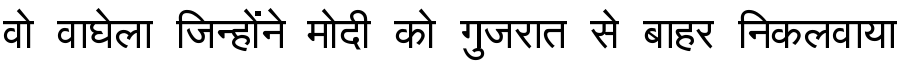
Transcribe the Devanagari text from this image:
वो वाघेला जिन्होंने मोदी को गुजरात से बाहर निकलवाया